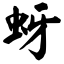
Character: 蚜